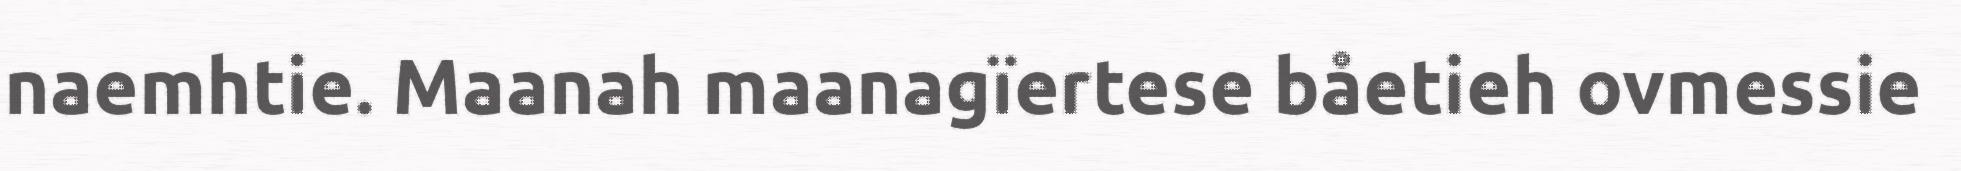
naemhtie. Maanah maanagïertese båetieh ovmessie